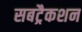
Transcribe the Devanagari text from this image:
सबट्रैकशन